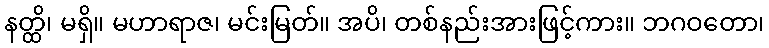
နတ္ထိ၊ မရှိ။ မဟာရာဇ၊ မင်းမြတ်။ အပိ၊ တစ်နည်းအားဖြင့်ကား။ ဘဂဝတော၊